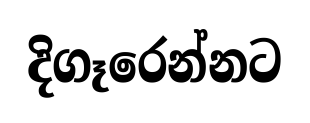
දිගෑරෙන්නට